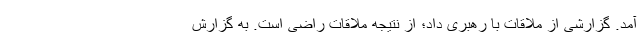
آمد. گزارشی از ملاقات با رهبری داد؛ از نتیجه ملاقات راضی است. به گزارش